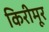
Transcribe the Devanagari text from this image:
किरीमूर